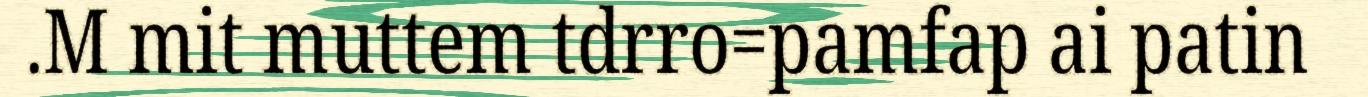
.M mit muttem tdrro=pamfap ai patin